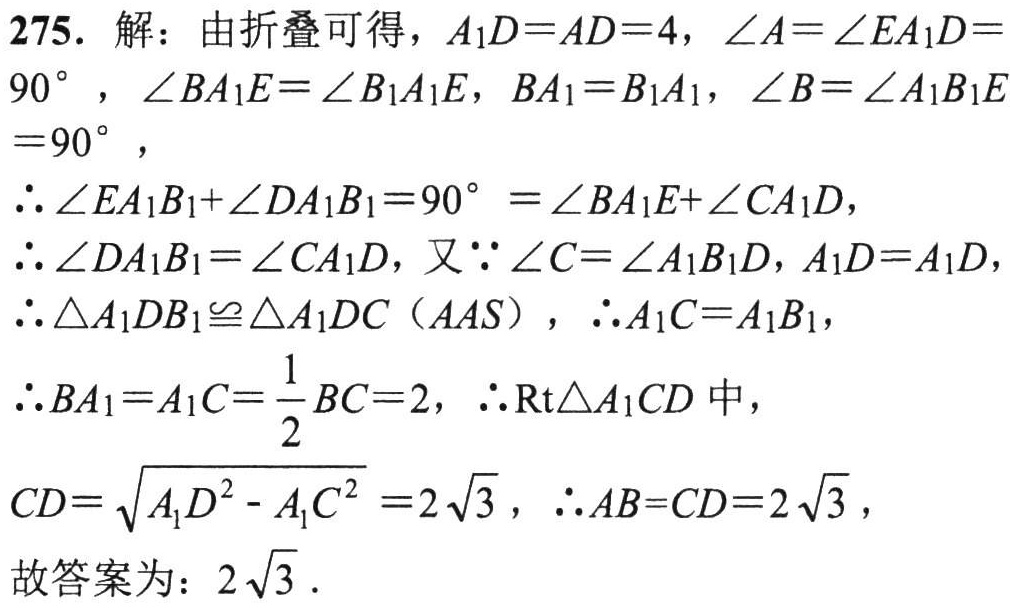
275. 解：由折叠可得，\(A_{1}D = AD = 4\)，\(\angle A=\angle EA_{1}D = 90^{\circ}\)，\(\angle BA_{1}E=\angle B_{1}A_{1}E\)，\(BA_{1}=B_{1}A_{1}\)，\(\angle B=\angle A_{1}B_{1}E = 90^{\circ}\)，
\(\therefore\angle EA_{1}B_{1}+\angle DA_{1}B_{1}=90^{\circ}=\angle BA_{1}E+\angle CA_{1}D\)，
\(\therefore\angle DA_{1}B_{1}=\angle CA_{1}D\)，又\(\because\angle C=\angle A_{1}B_{1}D\)，\(A_{1}D = A_{1}D\)，
\(\therefore\triangle A_{1}DB_{1}\cong\triangle A_{1}DC\)（\(AAS\)），\(\therefore A_{1}C = A_{1}B_{1}\)，
\(\therefore BA_{1}=A_{1}C=\frac{1}{2}BC = 2\)，\(\therefore\text{Rt}\triangle A_{1}CD\)中，
\(CD=\sqrt{A_{1}D^{2}-A_{1}C^{2}} = 2\sqrt{3}\)，\(\therefore AB = CD = 2\sqrt{3}\)，
故答案为：\(2\sqrt{3}\)．